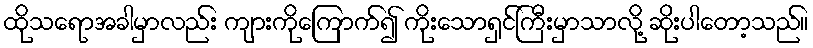
ထိုသရောအခါမှာလည်း ကျားကိုကြောက်၍ ကိုးသောရှင်ကြီးမှာသာလို့ ဆိုးပါတော့သည်။